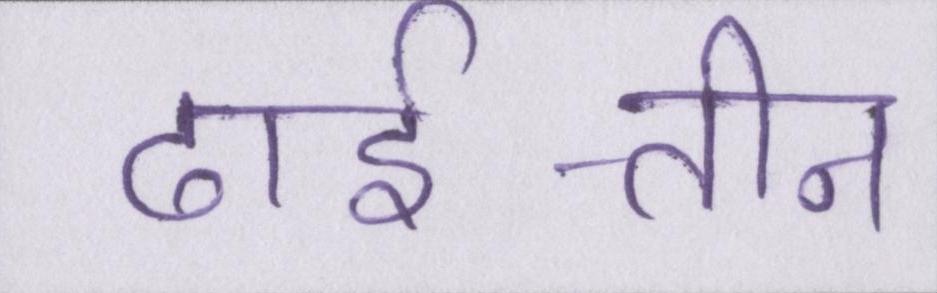
ढाई-तीन